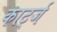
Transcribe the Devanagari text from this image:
कार्ट्ज